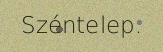
Széntelep.